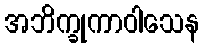
အဘိက္ခုကာဝါသေန